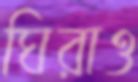
ঘিরাও